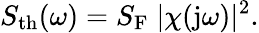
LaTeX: S_{\mathrm{th}}(\omega)=S_{\mathrm{F}}\; \lvert\chi(\mathrm{j}\omega)\rvert^{2}.